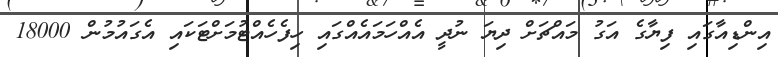
އިންޑިއާގައި ފިޔާގެ އަގު މައްޗަށް ދިޔަ ނުދީ އެއްހަމައެއްގައި ހިފެހެއްޓުމަށްޓަކައި އެގައުމުން 18000